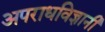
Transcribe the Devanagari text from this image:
अपराधविज्ञानी